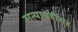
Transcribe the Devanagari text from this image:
सत्याग्रहींसह